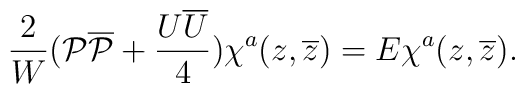
\frac{2}{W}({\cal P}{\overline{\cal P}}+\frac{U\overline{U}}{4})\chi^a(z, \overline{z})=E\chi^a(z, \overline{z}).